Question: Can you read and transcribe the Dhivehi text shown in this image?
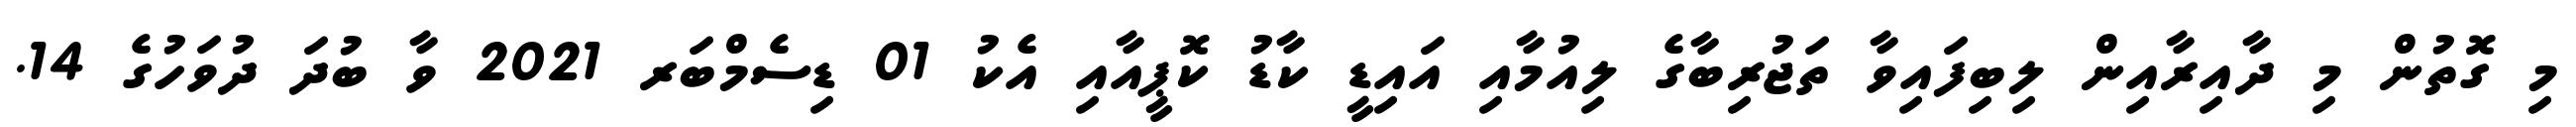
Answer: މި ގޮތުން މި ދާއިރާއިން ލިބިފައިވާ ތަޖުރިބާގެ ލިއުމާއި އައިޑީ ކާޑު ކޮޕީއާއި އެކު 01 ޑިސެމްބަރ 2021 ވާ ބުދަ ދުވަހުގެ 14.